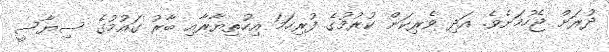
ދުރަށް ޖެހުމަށެވެ. އަދި ވެރިކަން ކުރުމުގެ ފުރިހަމަ އިހުތިޔާރާއި ބާރު ގައުމުގެ ސިޔާސީ